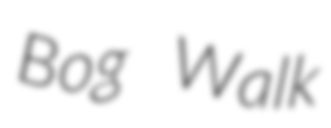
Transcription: Bog Walk